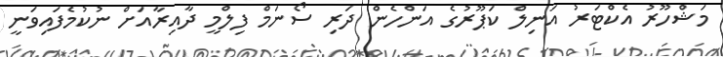
މަޝްހޫރު އެކްޓަރު އަނިލް ކަޕޫރުގެ އަންހެން ދަރި ސޯނަމް ފިލްމީ ދާއިރާއަށް ނުކުމެފައިވަނީ